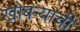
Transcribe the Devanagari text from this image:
खोबऱ्याची